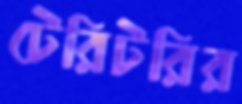
টেরিটরির